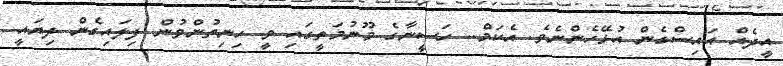
އީދެއް އައިސްގެން އުޅޭހެންނެވެ. އެކަމް.. ހަސީނާގެ މޫނުމަތީގައި ވީ ހިނިތުންވުން ފިލައިގެން ދިޔައީ